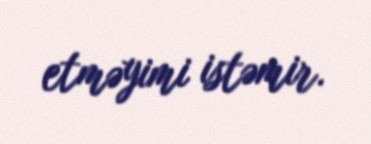
etməyimi istəmir.